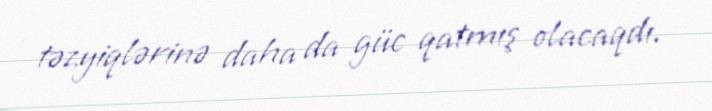
təzyiqlərinə daha da güc qatmış olacaqdı.